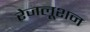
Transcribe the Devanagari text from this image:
रेजलूशन